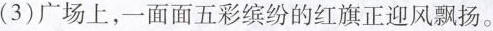
(3)广场上，一面面五彩缤纷的红旗正迎风飘扬。